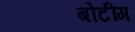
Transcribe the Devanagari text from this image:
बोटींग